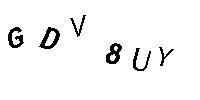
GDV8UY